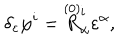
\delta _ { \varepsilon } \varphi ^ { i } = \stackrel { \smash { ( 0 ) } } { R } _ { \alpha } ^ { i } \varepsilon ^ { \alpha } ,